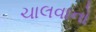
ચાલવાનો